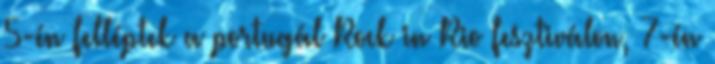
5-én felléptek a portugál Rock in Rio fesztiválon, 7-én